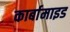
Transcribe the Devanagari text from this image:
कार्बामाइड